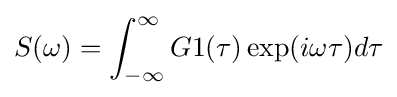
S(\omega )=\int _{-{\infty }}^{\infty }G1(\tau )\exp(i\omega \tau )d\tau